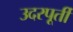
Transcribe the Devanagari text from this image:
उदरपूर्ती